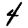
Digit: 4